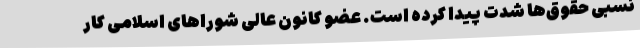
نسبیِ حقوق‌ها شدت پیدا کرده است. عضو کانون عالی شوراهای اسلامی کار